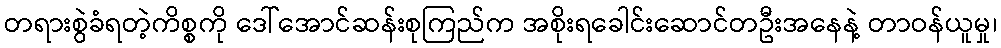
တရားစွဲခံရတဲ့ကိစ္စကို ဒေါ်အောင်ဆန်းစုကြည်က အစိုးရခေါင်းဆောင်တဦးအနေနဲ့ တာဝန်ယူမှု၊